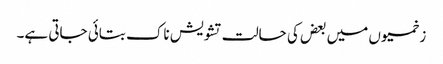
زخمیوں میں بعض کی حالت تشویش ناک بتائی جاتی ہے۔